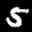
Label: 5